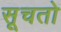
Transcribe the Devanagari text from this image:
सूचतो